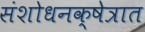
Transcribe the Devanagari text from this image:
संशोधनक्षेत्रात